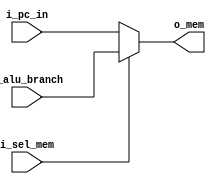
`timescale 1ns / 1ps
//////////////////////////////////////////////////////////////////////////////////
// Company: 
// Engineer: 
// 
// Design Name: 
// Module Name: MUX_MEM
// Project Name: 
// Target Devices: 
// Tool Versions: 
// Description: 
// 
// Dependencies: 
// 
// Revision:
// Revision 0.01 - File Created
// Additional Comments:
// 
//////////////////////////////////////////////////////////////////////////////////

`define WIDTH_MEM 32
module MUX_MEM(i_pc_in , o_alu_branch  , i_sel_mem  , o_mem);
input [`WIDTH_MEM-1:0] i_pc_in  ;
input [`WIDTH_MEM-1:0]  o_alu_branch ;
input  i_sel_mem;
output [`WIDTH_MEM-1:0] o_mem ;

assign o_mem = i_sel_mem? o_alu_branch : i_pc_in ;

endmodule